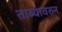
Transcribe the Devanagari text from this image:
ताब्यावरुन